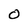
Character: O